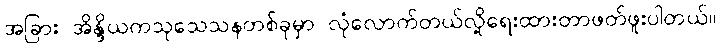
အခြား အိန္ဒိယကသုသေသနတစ်ခုမှာ လုံလောက်တယ်လို့ရေးထားတာဖတ်ဖူးပါတယ်။